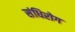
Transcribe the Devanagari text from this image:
संधिरोग